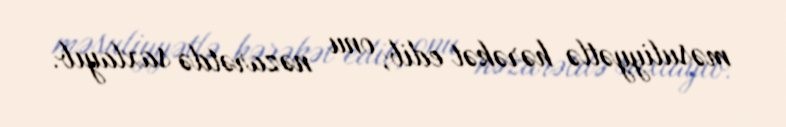
məsuliyyətlə hərəkət edib, onu nəzarətdə saxlayıb.